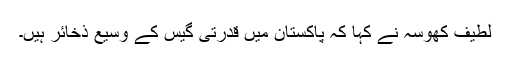
لطیف کھوسہ نے کہا کہ پاکستان میں قدرتی گیس کے وسیع ذخائر ہیں۔